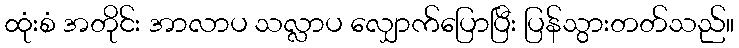
ထုံးစံ အတိုင်း အာလာပ သလ္လာပ လျှောက်ပြောပြီး ပြန်သွားတတ်သည်။